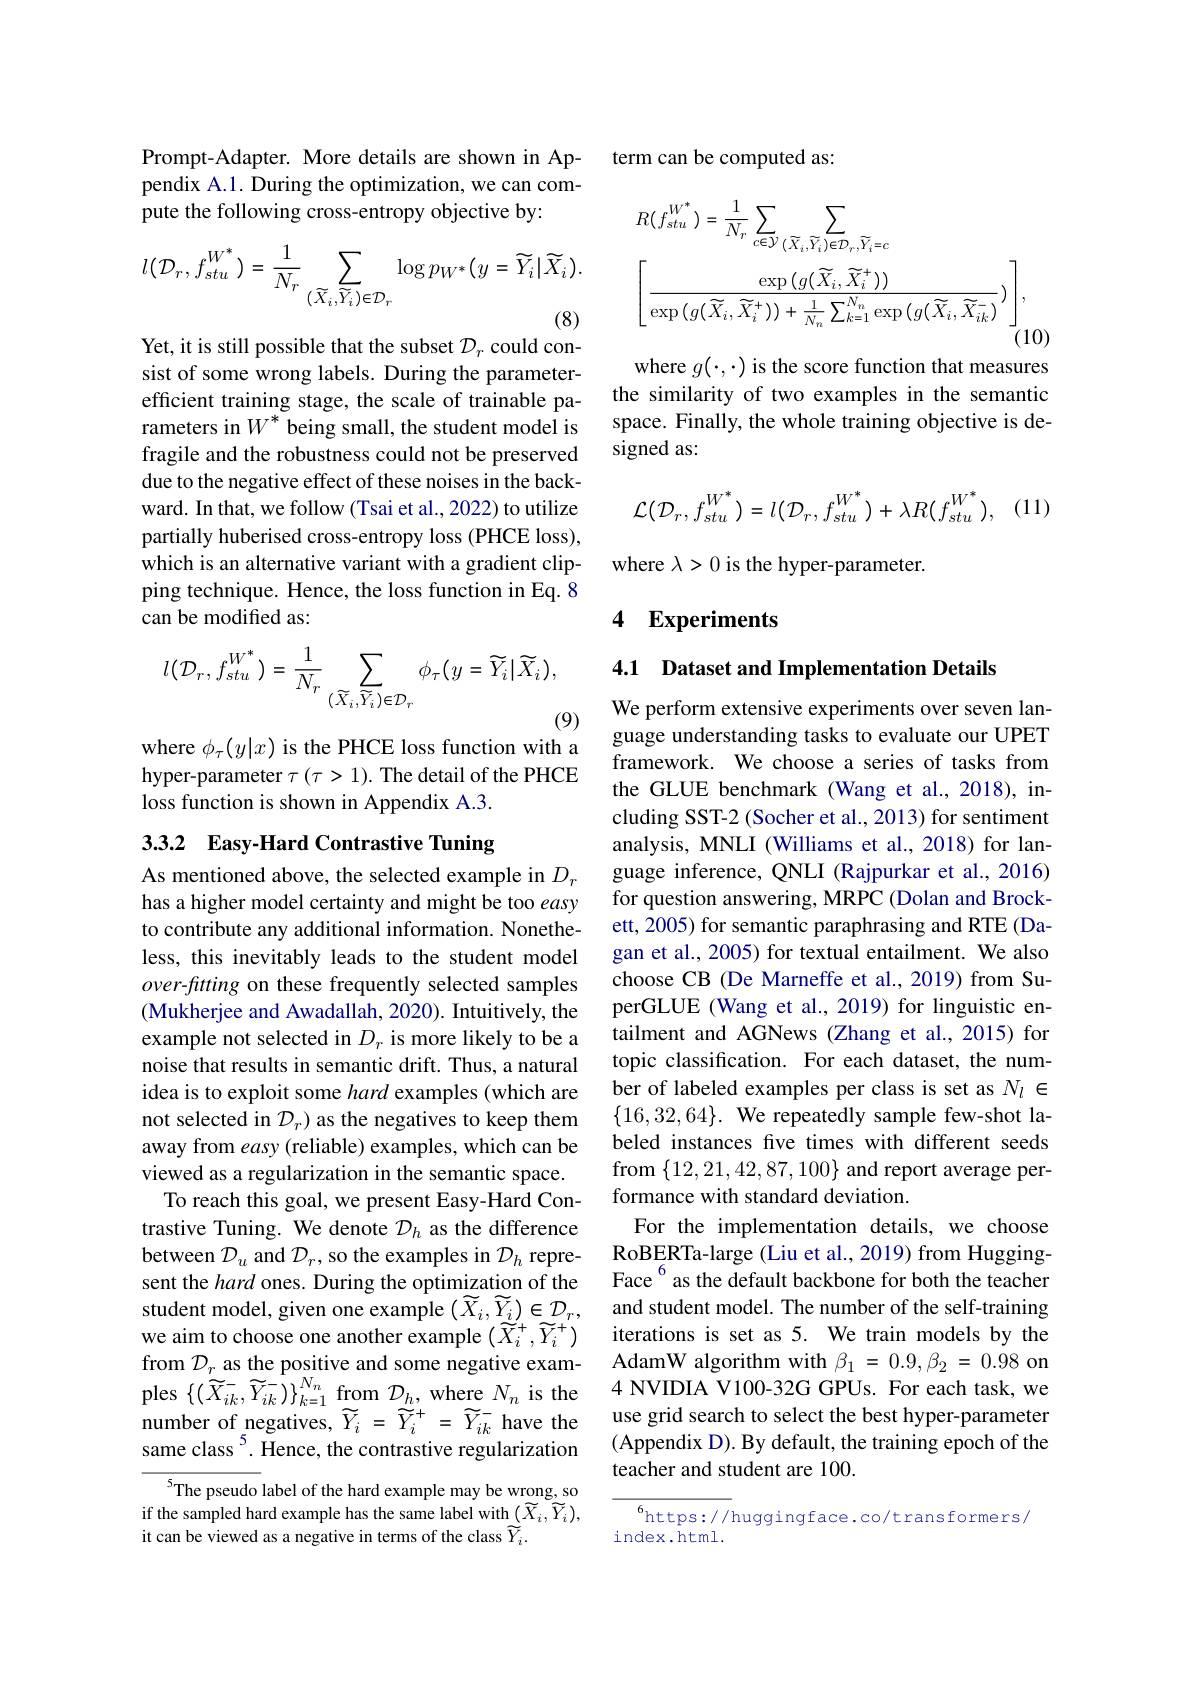
Prompt-Adapter. More details are shown in Appendix A.1. During the optimization, we can compute the following cross-entropy objective by:
$$l(\mathcal{D}_{r},f_{stu}^{W^{*}})=\frac{1}{N_{r}}\sum_{(\widetilde{X}_{i},\widetilde{Y}_{i})\in\mathcal{D}_{r}}\log p_{W^{*}}(y=\widetilde{Y}_{i}|\widetilde{X}_{i}).$$
Yet, it is still possible that the subset $\mathcal{D}_r$ could consist of some wrong labels. During the parameterefficient training stage, the scale of trainable parameters in $W^*$ being small, the student model is fragile and the robustness could not be preserved due to the negative effect of these noises in the backward. In that, we follow (Tsai et al., 2022) to utilize partially huberised cross-entropy loss (PHCE loss), which is an alternative variant with a gradient clipping technique. Hence, the loss function in Eq. 8 can be modified as:
$$l(\mathcal{D}_{r},f_{stu}^{W^{*}})=\frac{1}{N_{r}}\sum_{(\widetilde{X}_{i},\widetilde{Y}_{i})\in\mathcal{D}_{r}}\phi_{\tau}(y=\widetilde{Y}_{i}|\widetilde{X}_{i}),$$
(9)

where $\phi_\tau(y|x)$ is the PHCE loss function with a hyper-parameter $\tau(\tau>1).$ The detail of the PHCE loss function is shown in Appendix A.3.

## 3.3.2 Easy-Hard Contrastive Tuning

As mentioned above, the selected example in $D_r$ has a higher model certainty and might be too easy to contribute any additional information. Nonetheless, this inevitably leads to the student model over-fitting on these frequently selected samples (Mukherjee and Awadallah, 2020). Intuitively, the example not selected in $D_r$ is more likely to be a noise that results in semantic drift. Thus, a natural idea is to exploit some hard examples (which are not selected in $\mathcal{D}_r)$ as the negatives to keep them away from easy (reliable) examples, which can be viewed as a regularization in the semantic space.
To reach this goal, we present Easy-Hard Contrastive Tuning. We denote $D_h$ as the difference between $\mathcal{D}_u$ and $\mathcal{D}_r$, so the examples in $\mathcal{D}_h$ represent the hard ones. During the optimization of the student model, given one example $(\widetilde{X}_{i},\widetilde{Y}_{i})\in\mathcal{D}_{r}$, we aim to choose one another example $(\widetilde{X}_i^+,\widetilde{Y}_i^+)$ number of negatives, $\widetilde{Y}_{i}=\widetilde{Y}_{i}^{+}=\widetilde{Y}_{ik}^{-}$ have the same class$^{5}$. Hence, the contrastive regularization
$^{5}$The pseudo label of the hard example may be wrong, so

if the sampled hard example has the same label with $(\widetilde{X}_{i},\widetilde{Y}_{i})$,
it can be viewed as a negative in terms of the class $\widetilde{Y}_i.$

term can be computed as:
$$\begin{aligned}&R(f_{stu}^{W^{*}})=\frac{1}{N_{r}}\sum_{c\in\mathcal{Y}}\sum_{(\widetilde{X}_{i},\widetilde{Y}_{i})\in\mathcal{D}_{r},\widetilde{Y}_{i}=c}\\&\left[\frac{\exp\left(g(\widetilde{X}_{i},\widetilde{X}_{i}^{+})\right)}{\exp\left(g(\widetilde{X}_{i},\widetilde{X}_{i}^{+})\right)+\frac{1}{N_{n}}\sum_{k=1}^{N_{n}}\exp\left(g(\widetilde{X}_{i},\widetilde{X}_{ik}^{-})\right)}\right],\end{aligned}$$
where $g(\cdot,\cdot)$ is the score function that measures the similarity of two examples in the semantic space. Finally, the whole training objective is designed as:

(11)
$$\mathcal{L}(\mathcal{D}_{r},f_{stu}^{W^{*}})=l(\mathcal{D}_{r},f_{stu}^{W^{*}})+\lambda R(f_{stu}^{W^{*}}),$$
where $\lambda>0$ is the hyper-parameter.

## 4 Experiments

4.1 Dataset and Implementation Details

We perform extensive experiments over seven language understanding tasks to evaluate our UPET framework. We choose a series of tasks from the GLUE benchmark (Wang et al.,2018),including SST-2 (Socher et al., 2013) for sentiment analysis, MNLI (Williams et al., 2018) for language inference, QNLI (Rajpurkar et al.,2016) for question answering, MRPC (Dolan and Brockett, 2005) for semantic paraphrasing and RTE (Dagan et al., 2005) for textual entailment. We also choose CB (De Marneffe et al., 2019) from SuperGLUE (Wang et al., 2019) for linguistic entailment and AGNews (Zhang et al., 2015) for topic classification. For each dataset, the number of labeled examples per class is set as $N_l\in$ $\{16,32,64\}.$ We repeatedly sample few-shot labeled instances five times with different seeds from $\{12,21,42,87,100\}$ and report average performance with standard deviation.
For the implementation details, we choose RoBERTa-large (Liu et al., 2019) from HuggingFace$^{6}$as the default backbone for both the teacher and student model. The number of the self-training iterations is set as 5. We train models by the
from $\mathcal{D} _{r}$ as the positive and some neg
use grid search to select the best hyper-parameter ( Appendix D). By default, the training epoch of the teacher and student are 100.

$^{6}$https://huggingface.co/transformers/
index.html